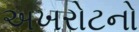
અખરોટનો